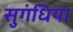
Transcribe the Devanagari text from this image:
सुगंधिया